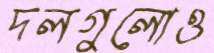
দলগুলোও